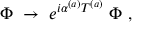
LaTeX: \Phi \; \rightarrow \; e ^ { i \alpha ^ { ( a ) } T ^ { ( a ) } } \; \Phi \ ,